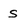
Character: s